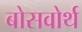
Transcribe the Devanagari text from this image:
बोसवोर्थ